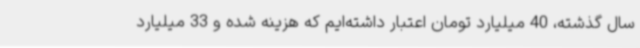
سال گذشته، 40 میلیارد تومان اعتبار داشته‌ایم که هزینه شده و 33 میلیارد